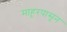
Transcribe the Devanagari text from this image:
माहूरपासून